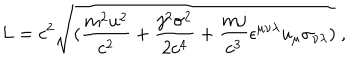
LaTeX: L = c ^ { 2 } \sqrt { ( { \frac { m ^ { 2 } u ^ { 2 } } { c ^ { 2 } } } + { \frac { j ^ { 2 } \sigma ^ { 2 } } { 2 c ^ { 4 } } } + { \frac { m j } { c ^ { 3 } } } \epsilon ^ { \mu \nu \lambda } u _ { \mu } \sigma _ { \nu \lambda } ) } ~ ,